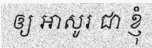
ឲ្យ អាសូរ ជា ខ្ញុំ